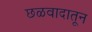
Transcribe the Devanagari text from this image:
छळवादातून